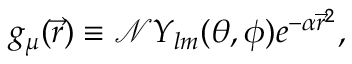
g _ { \mu } ( \vec { r } ) \equiv \mathcal { N } Y _ { l m } ( \theta , \phi ) e ^ { - \alpha \vec { r } ^ { 2 } } ,